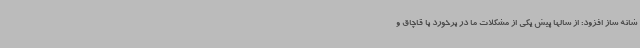
شانه ساز افزود: از سالها پیش یکی از مشکلات ما در برخورد با قاچاق و